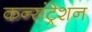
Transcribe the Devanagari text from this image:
कन्संट्रेशन